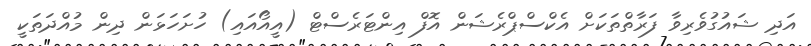
އަދި ޝައުގުވެރިވާ ފަރާތްތަކަށް އެކްސްޕްރެޝަން އޮފް އިންޓަރެސްޓް (އީއޯއައި) ހުށަހަޅަން ދިން މުއްދަތަކީ